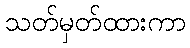
သတ်မှတ်ထားကာ